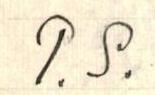
P.S.